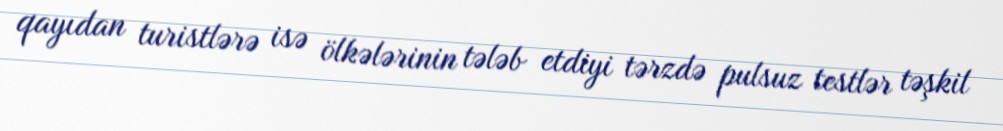
qayıdan turistlərə isə ölkələrinin tələb etdiyi tərzdə pulsuz testlər təşkil